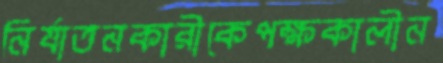
নির্যাতনকারীকেপক্ষকালীন